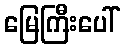
မြေကြီးပေါ်